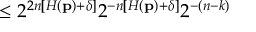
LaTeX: \leq 2 ^ { 2 n \left[ H \left( \mathbf { p } \right) + \delta \right] } 2 ^ { - n \left[ H \left( \mathbf { p } \right) + \delta \right] } 2 ^ { - \left( n - k \right) }